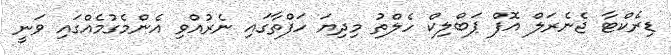
ޑިރެކްޓާ ޖެނެރަލް އޮފް ޕަބްލިކް ހެލްތު މިދިޔަ ހަފްތާގައި ނެރުއްވި އެންމެގުމެއްގައި ވަނީ